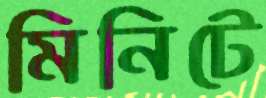
মিনিটে